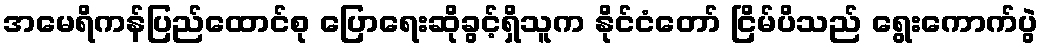
အမေရိကန်ပြည်ထောင်စု ပြောရေးဆိုခွင့်ရှိသူက နိုင်ငံတော် ငြိမ်ပိသည် ရွေးကောက်ပွဲ